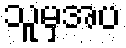
သူမှအပ